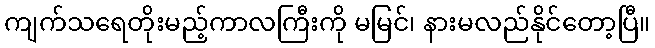
ကျက်သရေတိုးမည့်ကာလကြီးကို မမြင်၊ နားမလည်နိုင်တော့ပြီ။